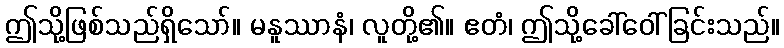
ဤသို့ဖြစ်သည်ရှိသော်။ မနူဿာနံ၊ လူတို့၏။ ဧတံ၊ ဤသို့ခေါ်ဝေါ်ခြင်းသည်။